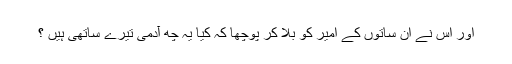
اور اس نے ان ساتوں کے امیر کو بلا کر پوچھا کہ کیا یہ چھ آدمی تیرے ساتھی ہیں ؟